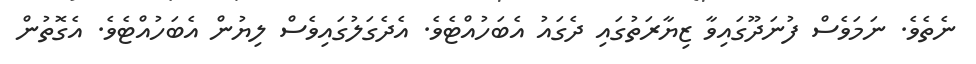
ނެތެވެ. ނަމަވެސް ފުނަދޫގައިވާ ޒިޔާރަތުގައި ދެގައު އެބަހުއްޓެވެ. އެދެގަލުގައިވެސް ލިޔުން އެބަހުއްޓެވެ. އެގޮތުން